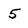
Character: 5